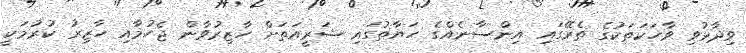
ވިދާޅުވި ވާހަކަތަކުގެ ތެރޭގައި އިންސާނެއްގެ ހަޔާތުގައި ޝަރީއަތަށް ހާޒިރުވާން ޖެހުމާއި ހާޒިރު ކުރުމަކީ